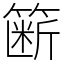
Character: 簖